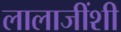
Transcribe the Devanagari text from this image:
लालाजींशी